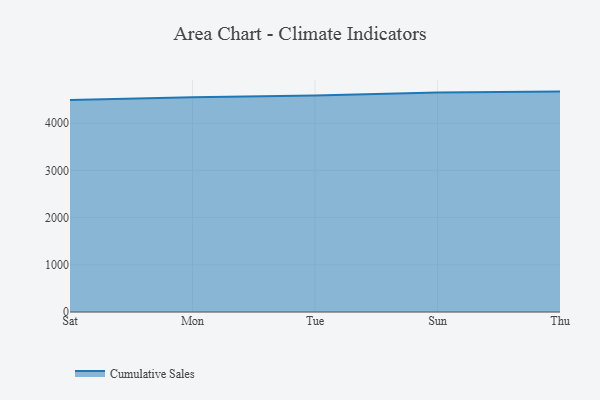
{"axis": {"x": "Day", "y": "Operating Costs (USD K)"}, "legend": ["Cumulative Sales"], "data": [{"x": "Sat", "y": 4490.1, "type": "Cumulative Sales"}, {"x": "Mon", "y": 4547.4, "type": "Cumulative Sales"}, {"x": "Tue", "y": 4584.9, "type": "Cumulative Sales"}, {"x": "Sun", "y": 4648.3, "type": "Cumulative Sales"}, {"x": "Thu", "y": 4669.3, "type": "Cumulative Sales"}]}